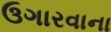
ઉગારવાના